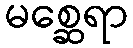
မစ္ဆေရာ